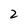
Character: 2